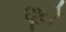
છૂટો